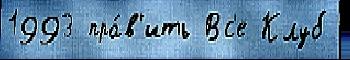
1993 пра́в'ить Вс'е Клуб